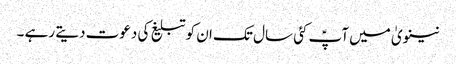
نینویٰ میں آپؑ کئی سال تک ان کو تبلیغ کی دعوت دیتے رہے ۔